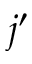
j ^ { \prime }